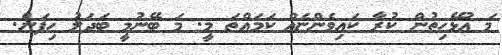
މަ އުޅޭހިތުން ކުރާ ކައިވެންޏެއް ކަމައްތަ މީ. މަ ބޭނުމީ ބަދަލު ހިފަން.